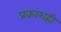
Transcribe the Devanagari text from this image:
प्रकाशही